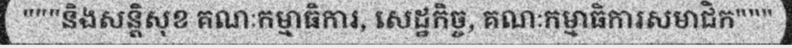
"""និងសន្តិសុខ គណៈកម្មាធិការ, សេដ្ឋកិច្ច, គណៈកម្មាធិការសមាជិក"""